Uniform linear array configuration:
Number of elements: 24
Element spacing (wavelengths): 1
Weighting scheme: exponential
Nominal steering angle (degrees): -15
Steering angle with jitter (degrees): -13.579
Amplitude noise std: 0.05
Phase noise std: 0.05

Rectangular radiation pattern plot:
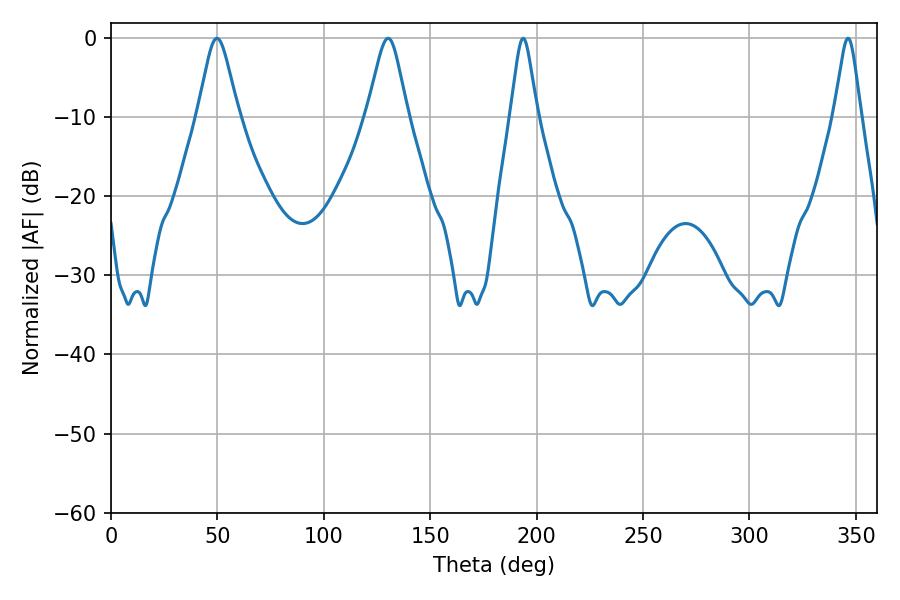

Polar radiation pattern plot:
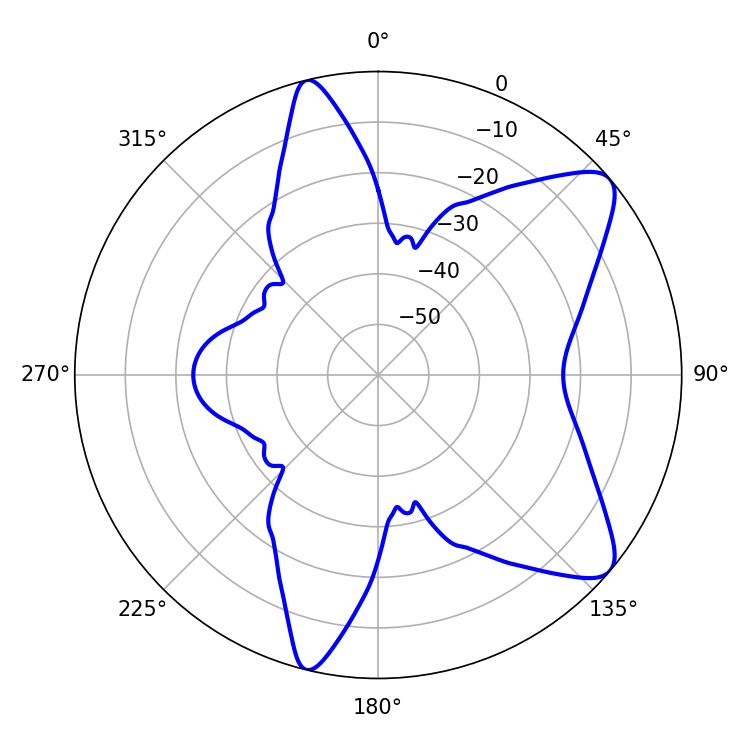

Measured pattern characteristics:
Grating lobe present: TRUE
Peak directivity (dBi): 9.168
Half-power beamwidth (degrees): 5.94
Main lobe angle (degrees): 193.68